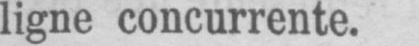
ligne concurrente.